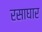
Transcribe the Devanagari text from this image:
रसाघार